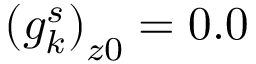
\left( g _ { k } ^ { s } \right) _ { z 0 } = 0 . 0